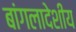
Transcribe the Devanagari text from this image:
बांगलादेशीय